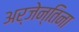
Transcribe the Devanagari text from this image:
अर्जेन्तिना